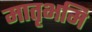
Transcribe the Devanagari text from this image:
मातृभमि